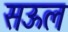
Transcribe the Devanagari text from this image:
सऊल